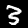
Digit: 3